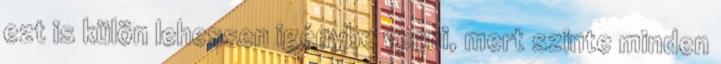
ezt is külön lehessen igénybe venni, mert szinte minden